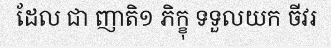
ដែល ជា ញាតិ១ ភិក្ខុ ទទួលយក ចីវរ